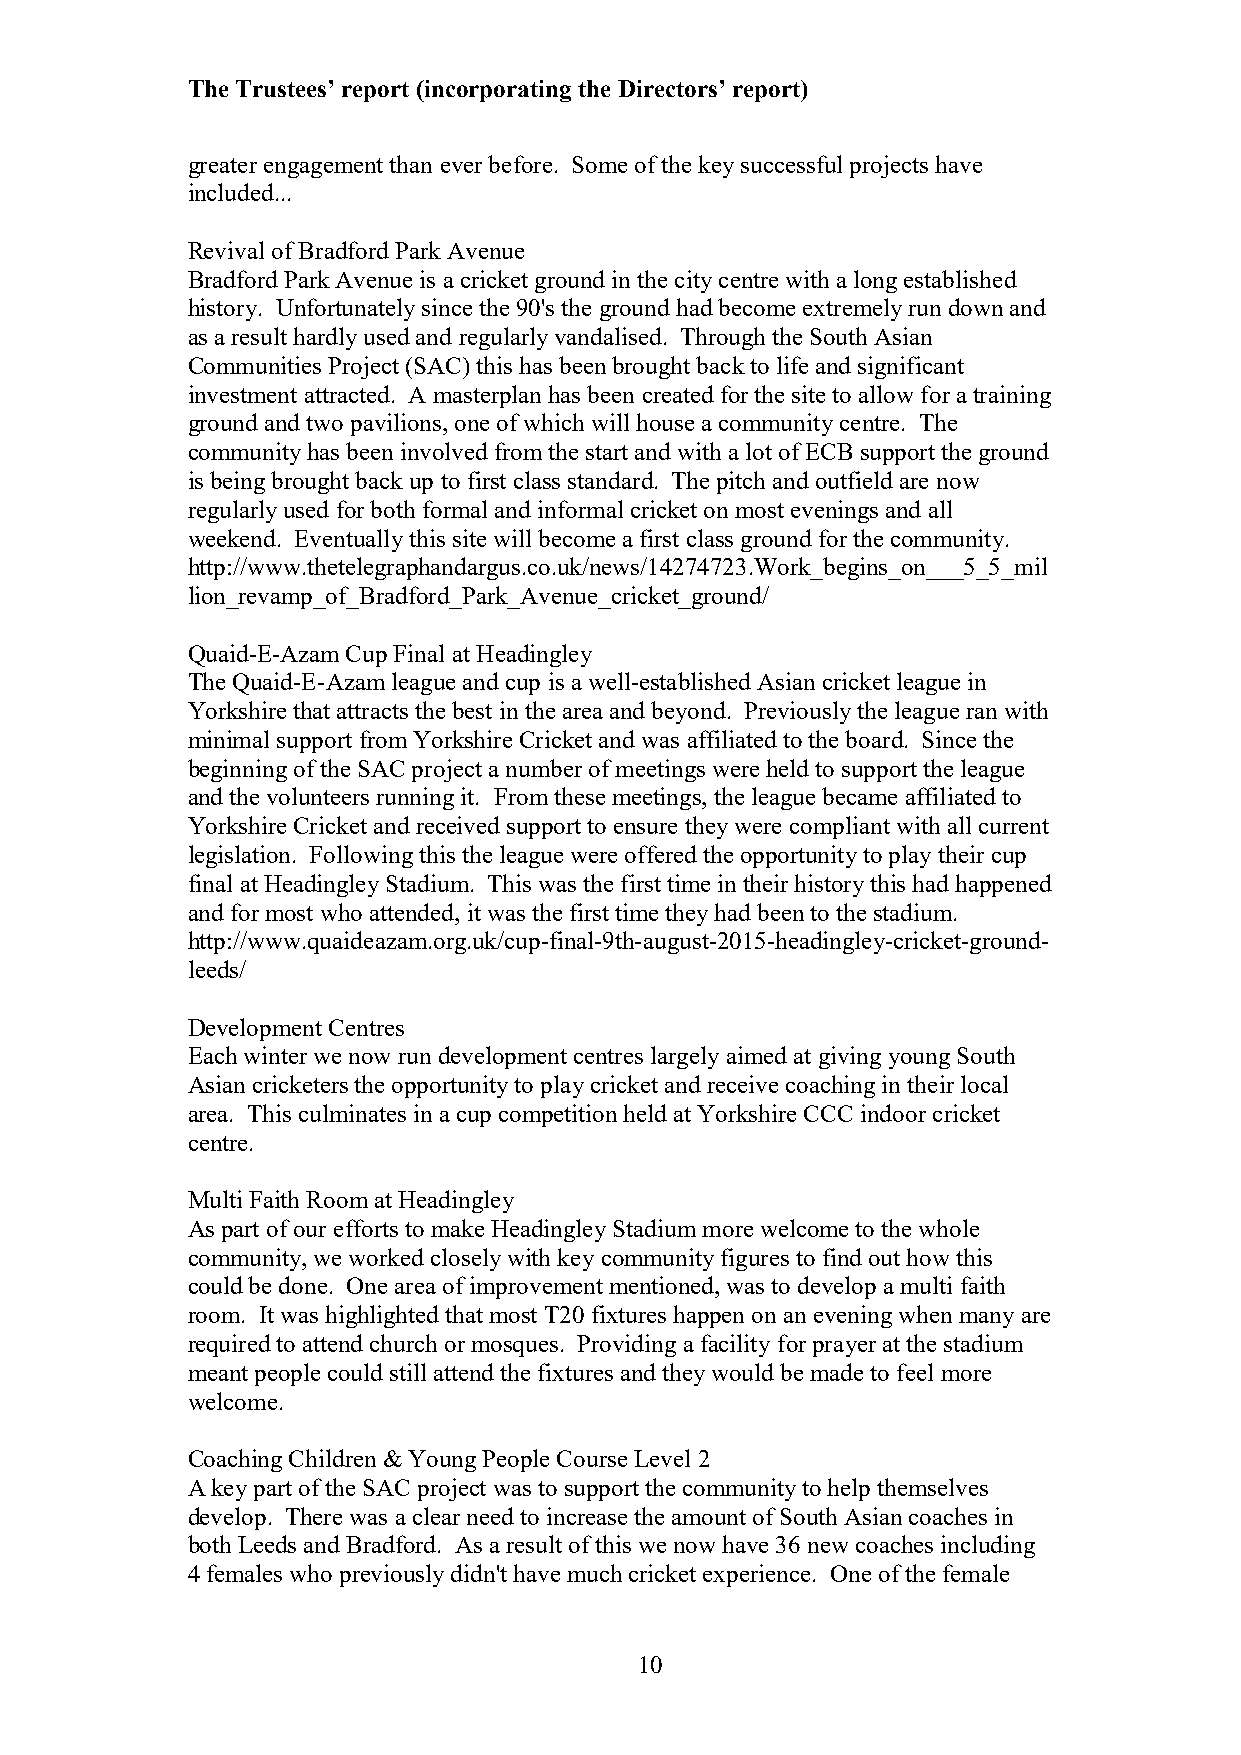
The Trustees’ report (incorporating the Directors’ report)
 greater engagement than ever before. Some of the key successful projects have
 included...
 Revival of Bradford Park Avenue
 Bradford Park Avenue is a cricket ground in the city centre with a long established
 history. Unfortunately since the 90's the ground had become extremely run down and
 as a result hardly used and regularly vandalised. Through the South Asian
 Communities Project (SAC) this has been brought back to life and significant
 investment attracted. A masterplan has been created for the site to allow for a training
 ground and two pavilions, one of which will house a community centre. The
 community has been involved from the start and with a lot of ECB support the ground
 is being brought back up to first class standard. The pitch and outfield are now
 regularly used for both formal and informal cricket on most evenings and all
 weekend. Eventually this site will become a first class ground for the community.
 http://www.thetelegraphandargus.co.uk/news/14274723.Work_begins_on___5_5_mil
 lion_revamp_of_Bradford_Park_Avenue_cricket_ground/
 Quaid-E-Azam Cup Final at Headingley
 The Quaid-E-Azam league and cup is a well-established Asian cricket league in
 Yorkshire that attracts the best in the area and beyond. Previously the league ran with
 minimal support from Yorkshire Cricket and was affiliated to the board. Since the
 beginning of the SAC project a number of meetings were held to support the league
 and the volunteers running it. From these meetings, the league became affiliated to
 Yorkshire Cricket and received support to ensure they were compliant with all current
 legislation. Following this the league were offered the opportunity to play their cup
 final at Headingley Stadium. This was the first time in their history this had happened
 and for most who attended, it was the first time they had been to the stadium.
 http://www.quaideazam.org.uk/cup-final-9th-august-2015-headingley-cricket-ground-
 leeds/
 Development Centres
 Each winter we now run development centres largely aimed at giving young South
 Asian cricketers the opportunity to play cricket and receive coaching in their local
 area. This culminates in a cup competition held at Yorkshire CCC indoor cricket
 centre.
 Multi Faith Room at Headingley
 As part of our efforts to make Headingley Stadium more welcome to the whole
 community, we worked closely with key community figures to find out how this
 could be done. One area of improvement mentioned, was to develop a multi faith
 room. It was highlighted that most T20 fixtures happen on an evening when many are
 required to attend church or mosques. Providing a facility for prayer at the stadium
 meant people could still attend the fixtures and they would be made to feel more
 welcome.
 Coaching Children & Young People Course Level 2
 A key part of the SAC project was to support the community to help themselves
 develop. There was a clear need to increase the amount of South Asian coaches in
 both Leeds and Bradford. As a result of this we now have 36 new coaches including
 4 females who previously didn't have much cricket experience. One of the female
 10